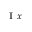
_ { \mathrm { ~ I ~ } x }